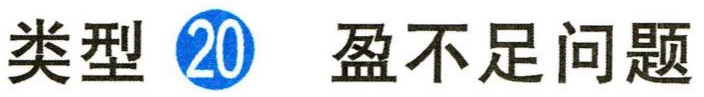
类型 \textcircled{20} 盈不足问题